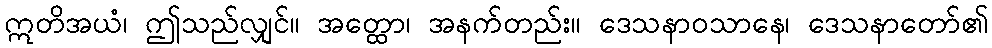
ဣတိအယံ၊ ဤသည်လျှင်။ အတ္ထော၊ အနက်တည်း။ ဒေသနာဝသာနေ၊ ဒေသနာတော်၏